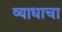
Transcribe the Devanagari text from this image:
व्याधाचा